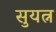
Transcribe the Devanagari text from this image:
सुयत्न